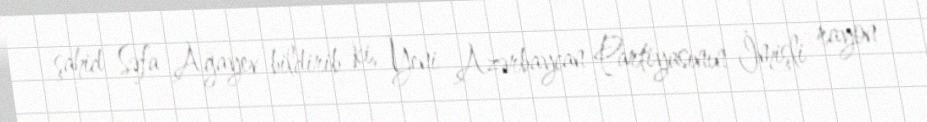
şahid Səfa Ağayev bildirib ki, Yeni Azərbaycan Partiyasının İmişli rayon